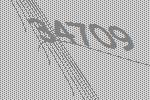
34709